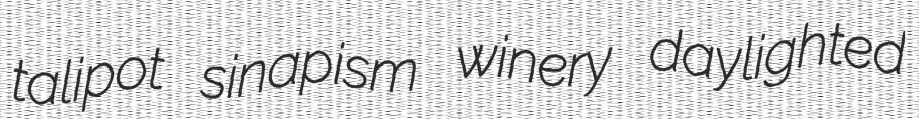
talipot sinapism winery daylighted